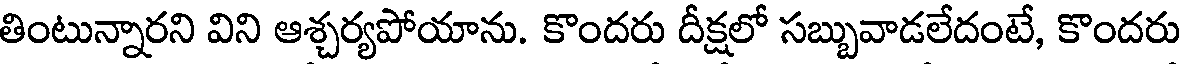
తింటున్నారని విని ఆశ్చర్యపోయాను. కొందరు దీక్షలో సబ్బువాడలేదంటే, కొందరు